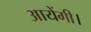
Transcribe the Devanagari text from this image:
आयेंगी।